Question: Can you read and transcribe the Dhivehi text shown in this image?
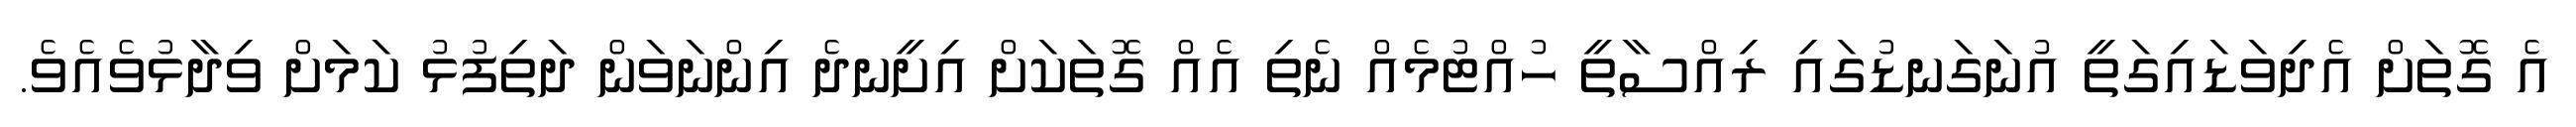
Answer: އެ ގޮތަށް އެދިވަޑައިގަތީ އުނަގަނޑުގައި ރިއްސާތީ ހުއްޓުމެއް ނެތި އެއް ގޮތަކަށް އިށީނދެ އިންނަވަން ދަތިފުޅު ކަމަށް ވިދާޅުވެއެވެ.